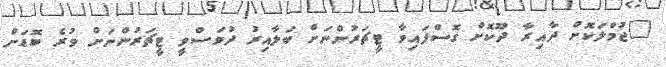
"ޖުމްލަކޮށް ދާއިރާ ދޫކޮށް ގޮސްފައިވާ ޓީޗަރުންނަށް ބަލާއިރު ދުވަސްވީ ޓީޗަރުންނަށް ވުރެ ބޮޑަށް